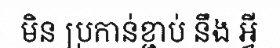
មិន ប្រកាន់ខ្ជាប់ នឹង អ្វី